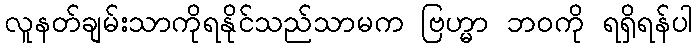
လူနတ်ချမ်းသာကိုရနိုင်သည်သာမက ဗြဟ္မာ ဘဝကို ရရှိရန်ပါ